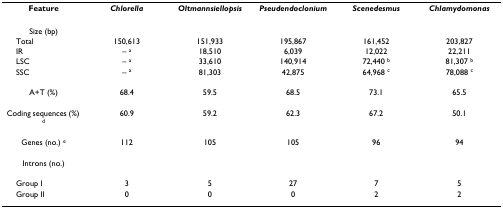
| Feature | Chlorella | Oltmannsiellopsis | Pseudendoclonium | Scenedesmus | Chlamydomonas |
 | --- | --- | --- | --- | --- | --- |
 | Size (bp) |  |  |  |  |  |
 | Total | 150,613 | 151,933 | 195,867 | 161,452 | 203,827 |
 | IR | – a | 18,510 | 6,039 | 12,022 | 22,211 |
 | LSC | – a | 33,610 | 140,914 | 72,440 b | 81,307 b |
 | SSC | – a | 81,303 | 42,875 | 64,968 c | 78,088 c |
 | A+T (%) | 68.4 | 59.5 | 68.5 | 73.1 | 65.5 |
 | Coding sequences (%) d | 60.9 | 59.2 | 62.3 | 67.2 | 50.1 |
 | Genes (no.) e | 112 | 105 | 105 | 96 | 94 |
 | Introns (no.) |  |  |  |  |  |
 | Group I | 3 | 5 | 27 | 7 | 5 |
 | Group II | 0 | 0 | 0 | 2 | 2 |